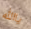
ياالله